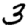
Digit: 3